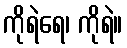
ကိုရဲရေ၊ ကိုရဲ။